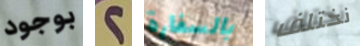
بوجود 2 بالسفارة نختلف